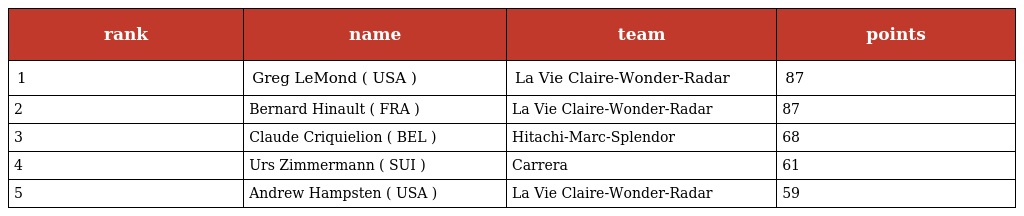
| rank | name | team | points |
 | --- | --- | --- | --- |
 | 1 | Greg LeMond ( USA ) | La Vie Claire-Wonder-Radar | 87 |
 | 2 | Bernard Hinault ( FRA ) | La Vie Claire-Wonder-Radar | 87 |
 | 3 | Claude Criquielion ( BEL ) | Hitachi-Marc-Splendor | 68 |
 | 4 | Urs Zimmermann ( SUI ) | Carrera | 61 |
 | 5 | Andrew Hampsten ( USA ) | La Vie Claire-Wonder-Radar | 59 |